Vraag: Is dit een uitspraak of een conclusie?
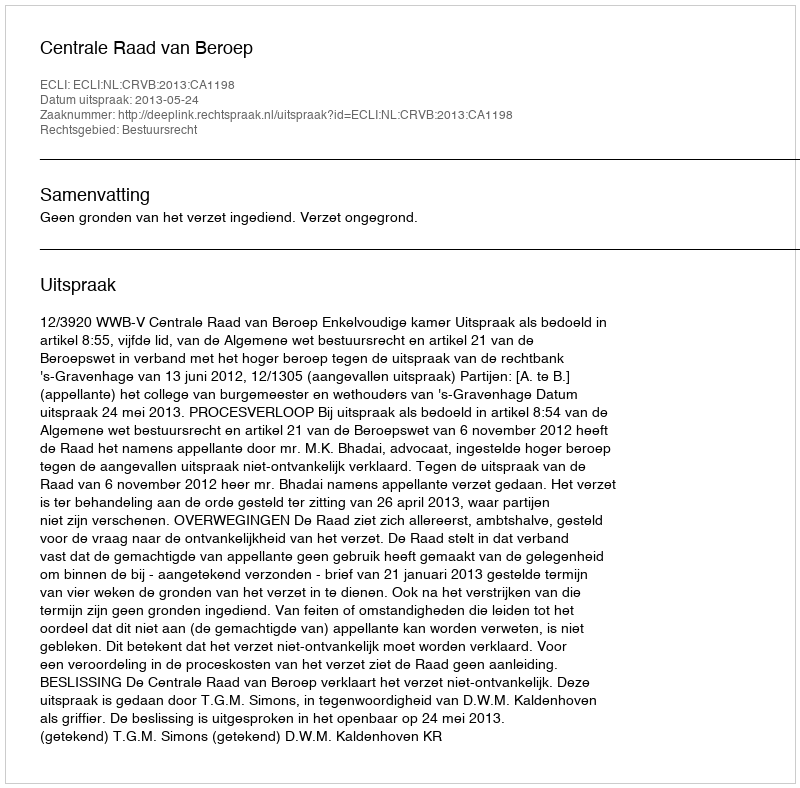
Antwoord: Uitspraak